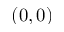
( 0 , 0 )